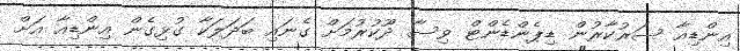
އިންޑިއާ ސަރުކާރުން ޑިޕެންޑެންޓް ވިސާ ދޫކުރުމަށް ގެނައި ބަދަލަކާ ގުޅިގެން އިންޑިއާ އަށް